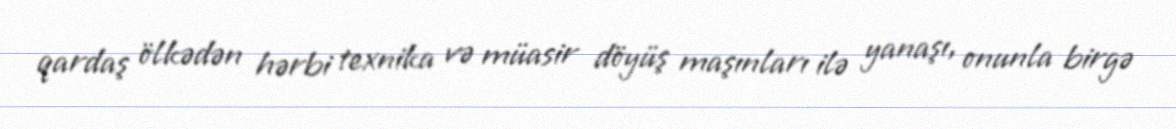
qardaş ölkədən hərbi texnika və müasir döyüş maşınları ilə yanaşı, onunla birgə